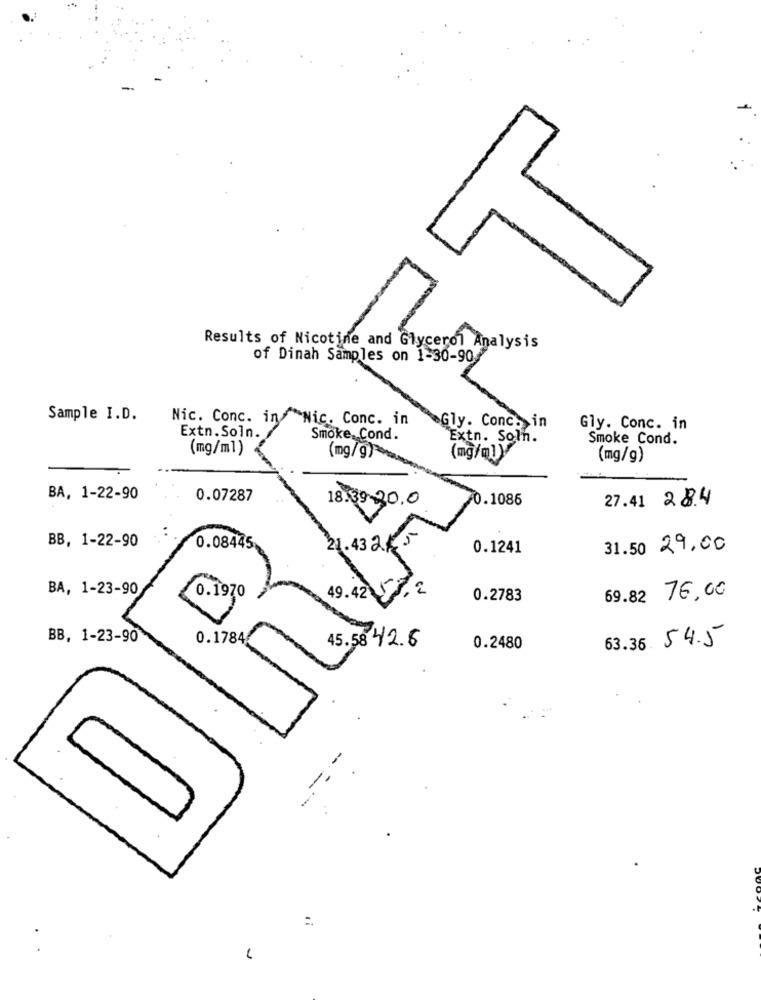
Results of Nicotine and Glycerol Analysis
of Dinah Samples on 1-30-90
Sample I.D.
Nic. Conc. in Nic. Conc. in
Gly. Conc. in
Extn. Soln.
Gly. Conc. in
Smoke, Cond.
Extn. Soln.
Smoke Cond.
(mg/ml)
(mg/g)
(mg/mly
(mg/g)
BA, 1-22-90
0.07287
18.39-30.0
0.1086
27.41 2 8.4
BB, 1-22-90
0.08445
21.43 2.5
0.1241
31.50 29.00
BA, 1-23-90
49.42 5,2
0.1970
0.2783
69.82 76,00
BB, 1-23-90
0.1784
63.36 54.5
45.58 42.6
0.2480